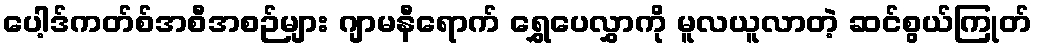
ပေါ့ဒ်ကတ်စ်အစီအစဉ်များ ဂျာမနီရောက် ရွှေပေလွှာကို မူလယူလာတဲ့ ဆင်စွယ်ကြုတ်